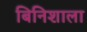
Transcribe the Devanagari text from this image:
बिनिशाला